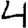
Digit: 4